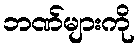
ဘဏ်များကို